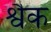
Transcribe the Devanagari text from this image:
श्वैक